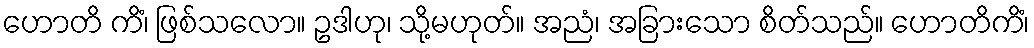
ဟောတိ ကိံ၊ ဖြစ်သလော။ ဥဒါဟု၊ သို့မဟုတ်။ အညံ၊ အခြားသော စိတ်သည်။ ဟောတိကိံ၊